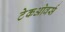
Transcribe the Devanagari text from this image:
टेकओवर्स